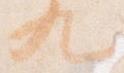
九